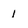
Character: 1